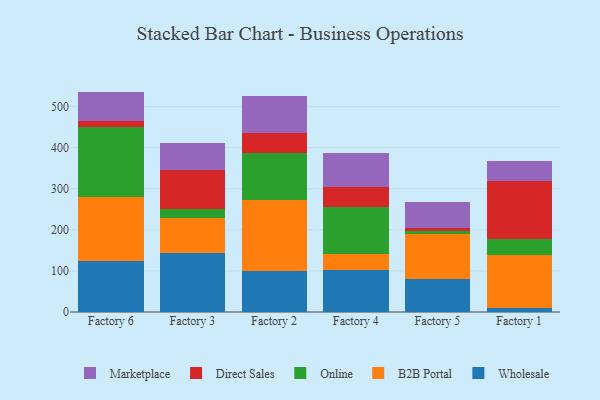
{"axis": {"x": "Factory", "y": "Bounce Rate (%)"}, "legend": ["B2B Portal", "Direct Sales", "Marketplace", "Online", "Wholesale"], "data": [{"x": "Factory 6", "y": 124.3, "type": "Wholesale"}, {"x": "Factory 6", "y": 156.8, "type": "B2B Portal"}, {"x": "Factory 6", "y": 169.9, "type": "Online"}, {"x": "Factory 6", "y": 13.1, "type": "Direct Sales"}, {"x": "Factory 6", "y": 72.5, "type": "Marketplace"}, {"x": "Factory 3", "y": 144.3, "type": "Wholesale"}, {"x": "Factory 3", "y": 85.1, "type": "B2B Portal"}, {"x": "Factory 3", "y": 20.8, "type": "Online"}, {"x": "Factory 3", "y": 96.1, "type": "Direct Sales"}, {"x": "Factory 3", "y": 65.2, "type": "Marketplace"}, {"x": "Factory 2", "y": 100.9, "type": "Wholesale"}, {"x": "Factory 2", "y": 171.6, "type": "B2B Portal"}, {"x": "Factory 2", "y": 114.9, "type": "Online"}, {"x": "Factory 2", "y": 49.1, "type": "Direct Sales"}, {"x": "Factory 2", "y": 88.6, "type": "Marketplace"}, {"x": "Factory 4", "y": 102.2, "type": "Wholesale"}, {"x": "Factory 4", "y": 39.4, "type": "B2B Portal"}, {"x": "Factory 4", "y": 114.6, "type": "Online"}, {"x": "Factory 4", "y": 47.4, "type": "Direct Sales"}, {"x": "Factory 4", "y": 84.1, "type": "Marketplace"}, {"x": "Factory 5", "y": 80.8, "type": "Wholesale"}, {"x": "Factory 5", "y": 109.8, "type": "B2B Portal"}, {"x": "Factory 5", "y": 6.8, "type": "Online"}, {"x": "Factory 5", "y": 7.1, "type": "Direct Sales"}, {"x": "Factory 5", "y": 64.5, "type": "Marketplace"}, {"x": "Factory 1", "y": 9.6, "type": "Wholesale"}, {"x": "Factory 1", "y": 129.6, "type": "B2B Portal"}, {"x": "Factory 1", "y": 39.2, "type": "Online"}, {"x": "Factory 1", "y": 141.6, "type": "Direct Sales"}, {"x": "Factory 1", "y": 47.6, "type": "Marketplace"}]}